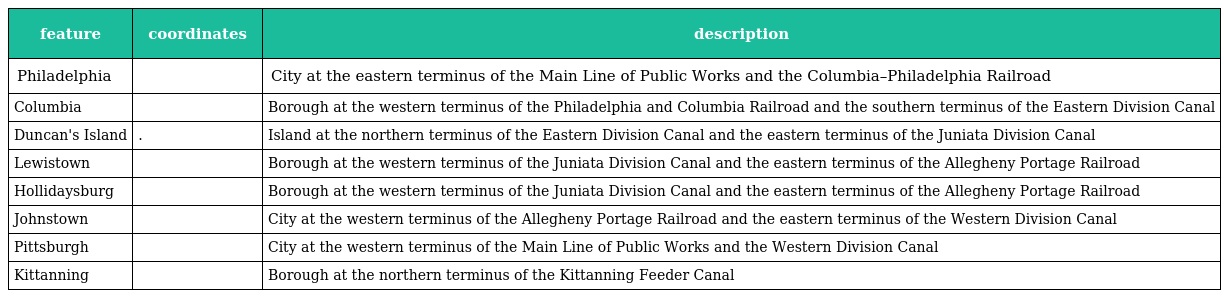
| feature | coordinates | description |
 | --- | --- | --- |
 | Philadelphia |  | City at the eastern terminus of the Main Line of Public Works and the Columbia–Philadelphia Railroad |
 | Columbia |  | Borough at the western terminus of the Philadelphia and Columbia Railroad and the southern terminus of the Eastern Division Canal |
 | Duncan's Island | . | Island at the northern terminus of the Eastern Division Canal and the eastern terminus of the Juniata Division Canal |
 | Lewistown |  | Borough at the western terminus of the Juniata Division Canal and the eastern terminus of the Allegheny Portage Railroad |
 | Hollidaysburg |  | Borough at the western terminus of the Juniata Division Canal and the eastern terminus of the Allegheny Portage Railroad |
 | Johnstown |  | City at the western terminus of the Allegheny Portage Railroad and the eastern terminus of the Western Division Canal |
 | Pittsburgh |  | City at the western terminus of the Main Line of Public Works and the Western Division Canal |
 | Kittanning |  | Borough at the northern terminus of the Kittanning Feeder Canal |